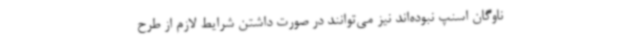
ناوگان اسنپ نبوده‌اند نیز می‌توانند در صورت داشتن شرایط لازم از طرح